Report of an investigation into the causes of the diseases known in Assam as Kála-Azár and Beri-Beri
Disease focus: Beri-Beri
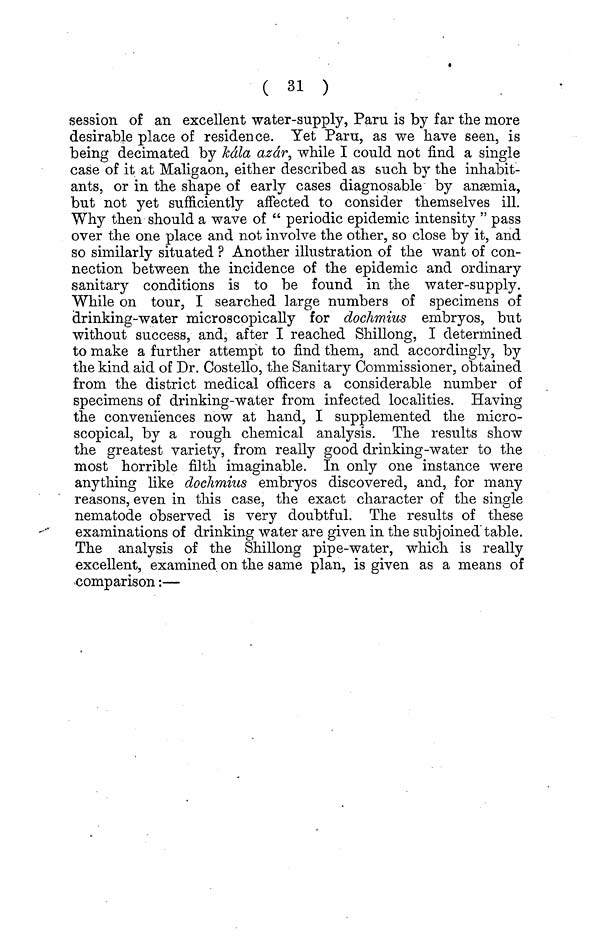
( 31 )
session of an excellent water-supply, Paru is by far the more
desirable place of residence. Yet Paru, as we have seen, is
being decimated by kála azár, while I could not find a single
case of it at Maligaon, either described as such by the inhabit-
ants, or in the shape of early cases diagnosable by ansemia,
but not yet sufficiently affected to consider themselves ill.
Why then should a wave of " periodic epidemic intensity " pass
over the one place and not involve the other, so close by it, and
so similarly situated ? Another illustration of the want of con-
nection between the incidence of the epidemic and ordinary
sanitary conditions is to be found in the water-supply.
While on tour, I searched large numbers of specimens of
drinking-water microscopically for dochmius embryos, but
without success, and, after I reached Shillong, I determined
to make a further attempt to find them, and accordingly, by
the kind aid of Dr. Costello, the Sanitary Commissioner, obtained
from the district medical officers a considerable number of
specimens of drinking-water from infected localities. Having
the conveniences now at hand, I supplemented the micro-
scopical, by a rough chemical analysis. The results show
the greatest variety, from really good drinking-water to the
most horrible filth imaginable. In only one instance were
anything like dochmius embryos discovered, and, for many
reasons, even in this case, the exact character of the single
nematode observed is very doubtful. The results of these
examinations of drinking water are given in the subjoined table.
The analysis of the Shillong pipe-water, which is really
excellent, examined on the same plan, is given as a means of
comparison :—